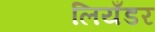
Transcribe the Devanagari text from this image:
लियँडर